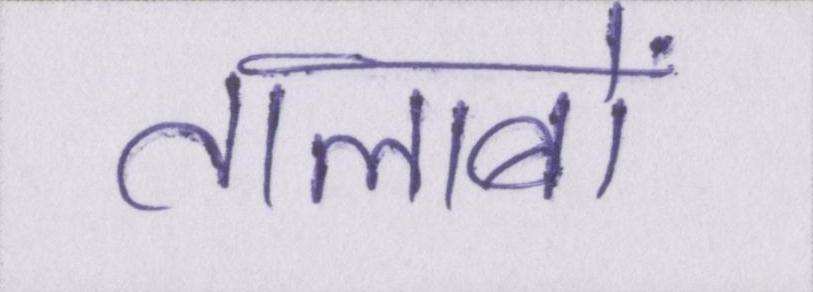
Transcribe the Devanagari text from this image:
तालाबों